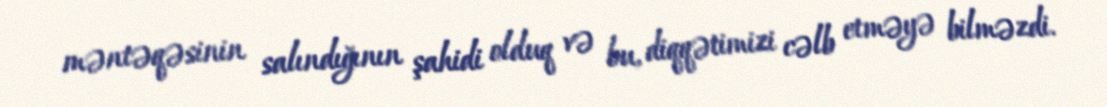
məntəqəsinin salındığının şahidi olduq və bu, diqqətimizi cəlb etməyə bilməzdi.